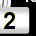
Digit: 2